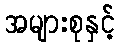
အများစုနှင့်